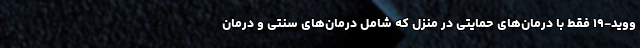
ووید-۱۹ فقط با درمان‌های حمایتی در منزل که شامل درمان‌های سنتی و درمان